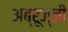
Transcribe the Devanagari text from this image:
अब्रूज्जी